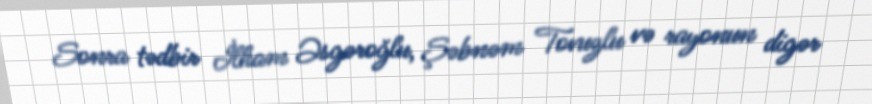
Sonra tədbir İlham Əsgəroğlu, Şəbnəm Tovuzlu və rayonun digər